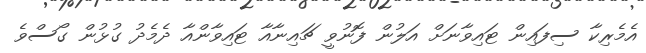
އެމެރިކާ ސިފައިން ޓައިވާނަށް އަލުން ފޮނުވީ ޗައިނާއާ ޓައިވާންއާ ދެމެދު ގުޅުން ގޯސްވެ